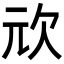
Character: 𭭅